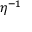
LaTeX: \eta ^ { - 1 }